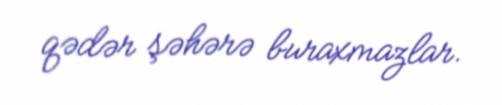
qədər şəhərə buraxmazlar.